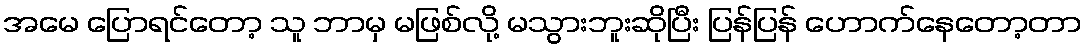
အမေ ပြောရင်တော့ သူ ဘာမှ မဖြစ်လို့ မသွားဘူးဆိုပြီး ပြန်ပြန် ဟောက်နေတော့တာ